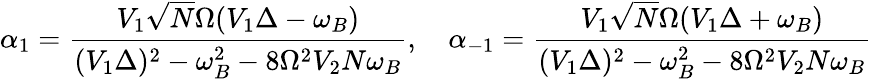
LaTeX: \alpha_{1}=\frac{V_{1}\sqrt{N}\Omega(V_{1}\Delta-\omega_{B})}{(V_{1}\Delta)^{2}-\omega_{B}^{2}-8\Omega^{2}V_{2}N\omega_{B}},\quad\alpha_{-1}=\frac{V_{1}\sqrt{N}\Omega(V_{1}\Delta+\omega_{B})}{(V_{1}\Delta)^{2}-\omega_{B}^{2}-8\Omega^{2}V_{2}N\omega_{B}}